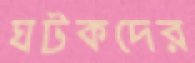
ঘটকদের